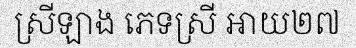
ស្រីឡាង ភេទស្រី អាយ២៧